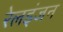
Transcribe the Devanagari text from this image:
रेलइंजन